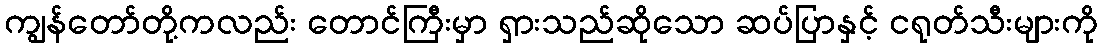
ကျွန်တော်တို့ကလည်း တောင်ကြီးမှာ ရှားသည်ဆိုသော ဆပ်ပြာနှင့် ငရုတ်သီးများကို